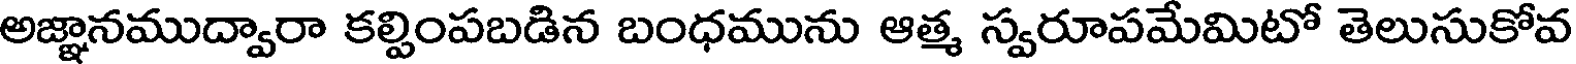
అజ్ఞానముద్వారా కల్పింపబడిన బంధమును ఆత్మ స్వరూపమేమిటో తెలుసుకోవ